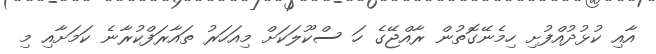
އާއި ކުޅުދުއްފުށި ހިމެނޭގޮތުން ރާއްޖޭގެ ހަ ސްކޫލަކަށް މިއަހަރު ތައާރަފްކުރާނެ ކަމަށާއި މި